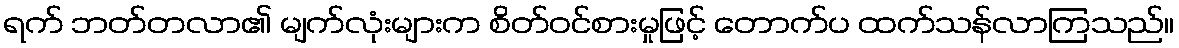
ရက် ဘတ်တလာ၏ မျက်လုံးများက စိတ်ဝင်စားမှုဖြင့် တောက်ပ ထက်သန်လာကြသည်။